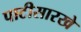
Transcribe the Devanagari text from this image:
पाटीसारखे